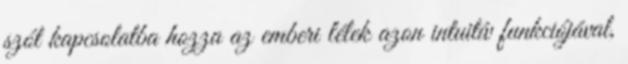
szót kapcsolatba hozza az emberi lélek azon intuitív funkciójával,